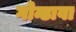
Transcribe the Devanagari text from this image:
गोन्डावा